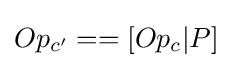
Op_{c'}==[Op_{c}|P]